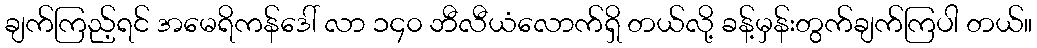
ချက်ကြည့်ရင် အမေရိကန်ဒေါ် လာ ၁၄၀ ဘီလီယံလောက်ရှိ တယ်လို့ ခန့်မှန်းတွက်ချက်ကြပါ တယ်။